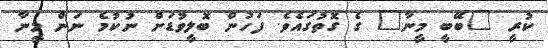
ކުރީ "ބޭބީ މީނާ" ގެ ގޮތުގައެވެ. ފަހުން ބޮލީވުޑަށް ނުކުމެ ނަން މީނާ